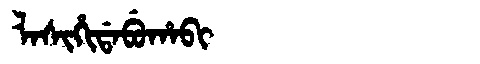
Manchu: ᠯᠠᠰᡳᡥᡳᡩᠠᠪᡠᡥᠠᠪᡳ
Romanization: LASIHIDABUHABI